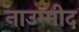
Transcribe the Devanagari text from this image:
नाउम्मीद